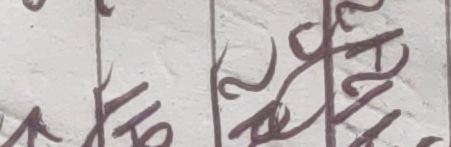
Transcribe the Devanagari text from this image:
मृत्र